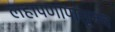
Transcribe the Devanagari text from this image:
लहापणापासूनच